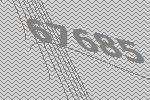
67685